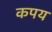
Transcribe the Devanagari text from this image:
कपय